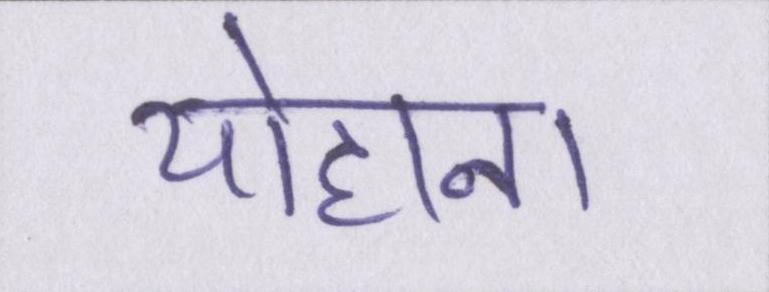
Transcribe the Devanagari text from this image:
योहाना